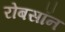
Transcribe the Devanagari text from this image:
रोबसॉन